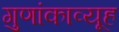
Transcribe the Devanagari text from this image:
गुणांकाव्यूह